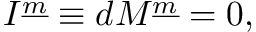
I ^ { \underline { { { m } } } } \equiv d M ^ { \underline { { { m } } } } = 0 ,